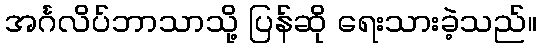
အင်္ဂလိပ်ဘာသာသို့ ပြန်ဆို ရေးသားခဲ့သည်။